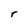
Character: r